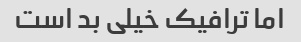
اما ترافیک خیلی بد است